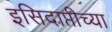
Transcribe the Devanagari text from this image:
इसिदाप्तीच्या